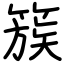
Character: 簇